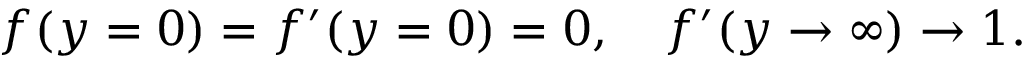
f ( y = 0 ) = f ^ { \prime } ( y = 0 ) = 0 , \quad f ^ { \prime } ( y \to \infty ) \to 1 .